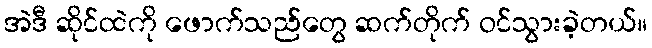
အဲဒီ ဆိုင်ထဲကို ဖောက်သည်တွေ ဆက်တိုက် ဝင်သွားခဲ့တယ်။